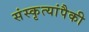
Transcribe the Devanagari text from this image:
संस्कृत्यांपैकी